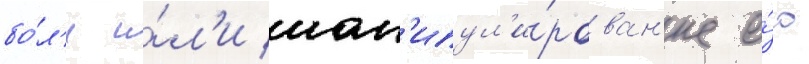
бо́л'и и́л'и ман'ипул'и́рован'ие е́ю